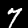
Label: 7